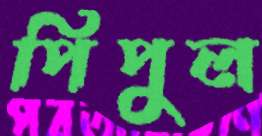
পিপুল